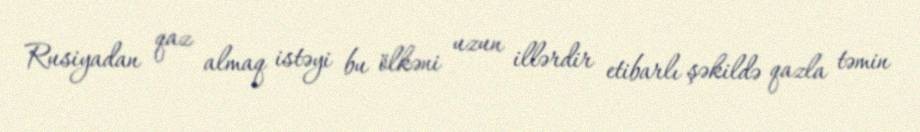
Rusiyadan qaz almaq istəyi bu ölkəni uzun illərdir etibarlı şəkildə qazla təmin